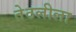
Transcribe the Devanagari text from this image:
तेठलीला